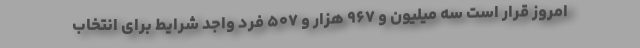
امروز قرار است سه میلیون و ۹۶۷ هزار و ۵۰۷ فرد واجد شرایط برای انتخاب